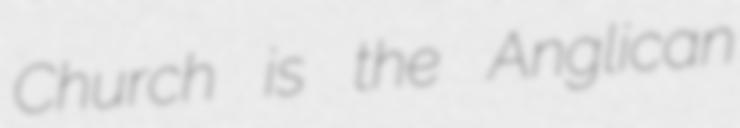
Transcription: Church is the Anglican